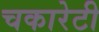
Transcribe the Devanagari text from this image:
चकारेटी